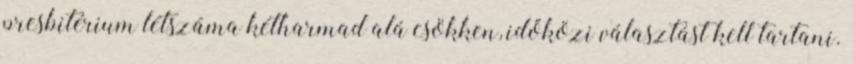
presbitérium létszáma kétharmad alá csökken, időközi választást kell tartani.